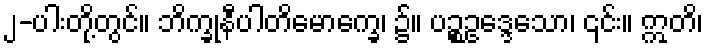
၂-ပါးတို့တွင်။ ဘိက္ခုနီပါတိမောက္ခေ၊ ၌။ ပဉ္စဥဒ္ဒေသော၊ ၎င်း။ ဣတိ၊